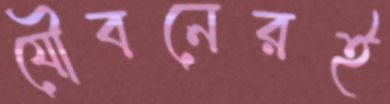
যৌবনেরই